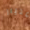
امتياز